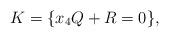
LaTeX: \begin{align*} K = \{ x_4 Q + R = 0 \},\end{align*}